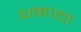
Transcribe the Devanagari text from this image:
थकाया